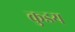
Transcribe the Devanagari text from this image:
कुडय